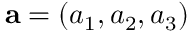
\mathbf { a } = ( a _ { 1 } , a _ { 2 } , a _ { 3 } )